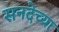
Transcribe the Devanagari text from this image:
सनदेच्या